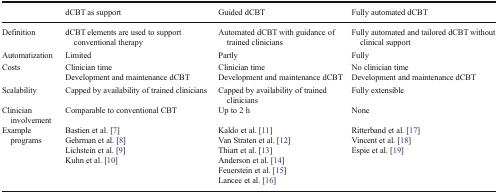
|  | dCBT as support | Guided dCBT | Fully automated dCBT |
 | --- | --- | --- | --- |
 | Definition | dCBT elements are used to support conventional therapy | Automated dCBT with guidance of trained clinicians | Fully automated and tailored dCBT without clinical support |
 | Automatization | Limited | Partly | Fully |
 | Costs | Clinician timeDevelopment and maintenance dCBT | Clinician timeDevelopment and maintenance dCBT | No clinician timeDevelopment and maintenance dCBT |
 | Scalability | Capped by availability of trained clinicians | Capped by availability of trained clinicians | Fully extensible |
 | Clinician involvement | Comparable to conventional CBT | Up to 2 h | None |
 | Example programs | Bastien et al. [7]Gehrman et al. [8]Lichstein et al. [9]Kuhn et al. [10] | Kaldo et al. [11]Van Straten et al. [12]Thiart et al. [13]Anderson et al. [14]Feuerstein et al. [15]Lancee et al. [16] | Ritterband et al. [17]Vincent et al. [18]Espie et al. [19] |